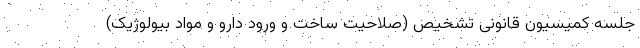
جلسه کمیسیون قانونی تشخیص (صلاحیت ساخت و ورود دارو و مواد بیولوژیک)